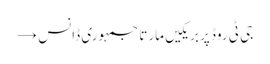
جی ٹی روڈ پر بریکیں مارتا جمہوری ڈانس →